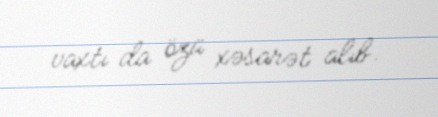
vaxtı da özü xəsarət alıb.